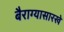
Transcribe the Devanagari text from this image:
बैराग्यासारखे